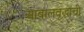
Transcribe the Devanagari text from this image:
आबालवृद्धांची